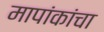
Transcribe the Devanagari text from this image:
मापांकांचा